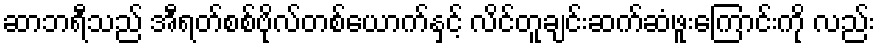
ဆာဘရီသည် အီရတ်စစ်ဗိုလ်တစ်ယောက်နှင့် လိင်တူချင်းဆက်ဆံဖူးကြောင်းကို လည်း